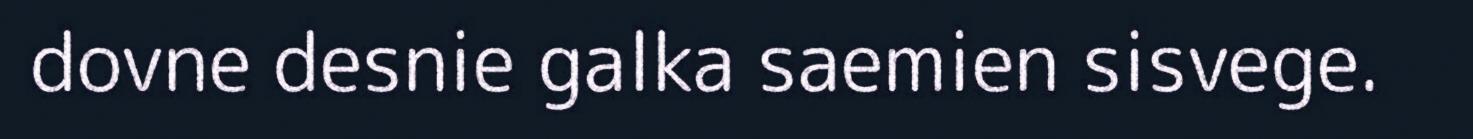
dovne desnie galka saemien sisvege.